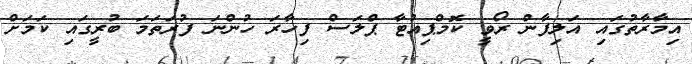
އިމާރާތުގައި އަލިފާން ރޯވީ ކޮމްޕިއުޓާ ޕްލަސް ފިހާރަ ހުންނަ ފުރަތަމަ ބުރީގައި ކަމަށް